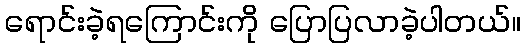
ရောင်းခဲ့ရကြောင်းကို ပြောပြလာခဲ့ပါတယ်။